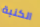
الكنبة